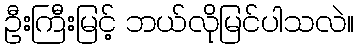
ဦးကြီးမြင့် ဘယ်လိုမြင်ပါသလဲ။